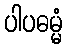
ပါပဓမ္မံ